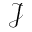
\mathcal { J }